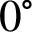
0 ^ { \circ }